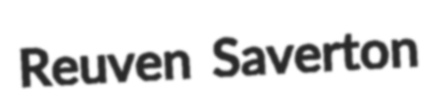
Reuven Saverton